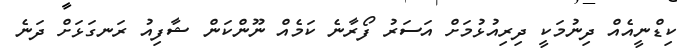
ކިޑްނީއެއް ދިނުމަކީ ދިރިއުޅުމަށް އަސަރު ފޯރާނެ ކަމެއް ނޫންކަން ޝާފިއު ރަނގަޅަށް ދަނެ